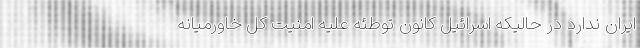
ایران ندارد در حالیکه اسرائیل کانون توطئه علیه امنیت کل خاورمیانه